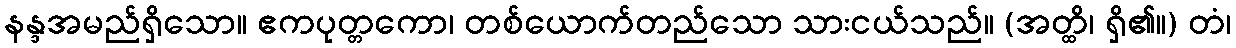
နန္ဒအမည်ရှိသော။ ဧကပုတ္တကော၊ တစ်ယောက်တည်သော သားငယ်သည်။ (အတ္ထိ၊ ရှိ၏။) တံ၊